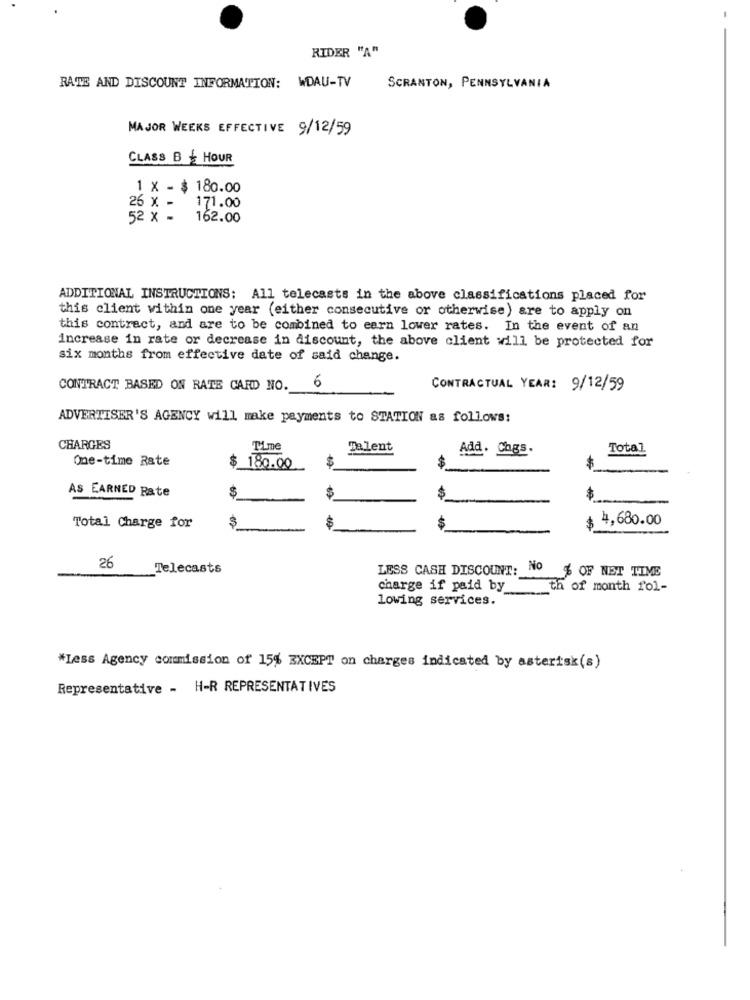
RIDER "A"
RATE AND DISCOUNT INFORMATION: WDAU-TV
SCRANTON, PENNSYLVANIA
MAJOR WEEKS EFFECTIVE 9/12/59
CLASS B + HOUR
1 x - $ 180.00
26 x - 171.00
52 x -
162.00
ADDITIONAL INSTRUCTIONS: All telecasts in the above classifications placed for
this client within one year (either consecutive or otherwise) are to apply on
this contract, and are to be combined to earn lower rates. In the event of an
increase in rate or decrease in discount, the above client will be protected for
six months from effective date of said change.
CONTRACT BASED ON RATE CARD NO. 6
CONTRACTUAL YEAR: 9/12/59
ADVERTISER'S AGENCY will make payments to STATION as follows:
CHARGES
Time
Talent
Add. Chgs.
Total
One-time Rate
$
$ 180.00
$
AS EARNED Rate
$
$
$
$
3
4,680.00
Total Charge for
$
26
Telecasts
LESS CASH DISCOUNT:
9 % OF NET TIME
charge if paid by
th
th of month fol-
lowing services.
*Less Agency commission of 15% EXCEPT on charges indicated by asterisk(s)
Representative - H-R REPRESENTATIVES